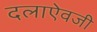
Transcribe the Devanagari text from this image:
दलाऐवजी